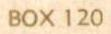
BOX 120